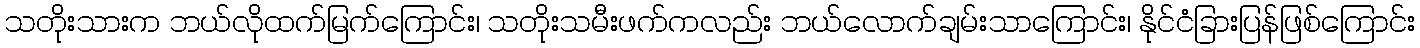
သတိုးသားက ဘယ်လိုထက်မြက်ကြောင်း၊ သတိုးသမီးဖက်ကလည်း ဘယ်လောက်ချမ်းသာကြောင်း၊ နိုင်ငံခြားပြန်ဖြစ်ကြောင်း